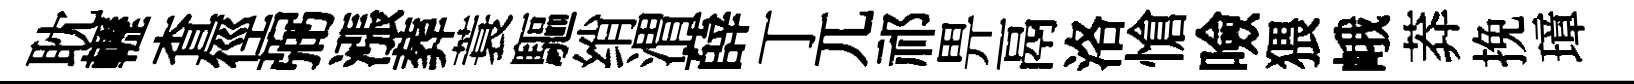
耽轣查徑弼漲葬蓑驅绡渭薛丁兀祁畀鬲洛愴噞猥峨莽挽璋